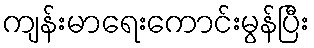
ကျန်းမာရေးကောင်းမွန်ပြီး